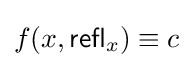
f(x,{\mathsf {refl}}_{x})\equiv c